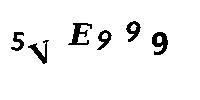
5VE999